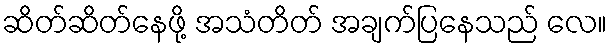
ဆိတ်ဆိတ်နေဖို့ အသံတိတ် အချက်ပြနေသည် လေ။